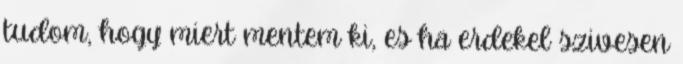
tudom, hogy miert mentem ki, es ha erdekel szivesen